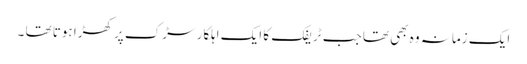
ایک زمانہ وہ بھی تھا جب ٹریفک کا ایک اہلکار سڑک پر کھڑا ہوتا تھا ۔